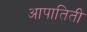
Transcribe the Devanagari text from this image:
आपातिती